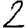
Digit: 2